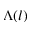
\Lambda ( l )